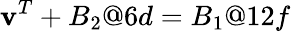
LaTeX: \textbf{v}^{T}+B_{2}@6d=B_{1}@12f